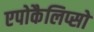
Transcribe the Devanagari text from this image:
एपोकैलिप्सो